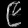
Digit: ၉